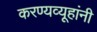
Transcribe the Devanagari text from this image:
करण्यव्यूहांनी